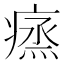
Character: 𤸲